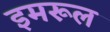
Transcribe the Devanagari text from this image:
इमरूल